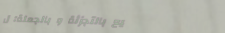
بيع بالتجزئة و بالجملة: ل